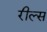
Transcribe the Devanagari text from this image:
रील्स